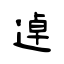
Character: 逴